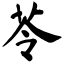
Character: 苓